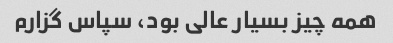
همه چیز بسیار عالی بود، سپاس گزارم